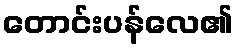
တောင်းပန်လေ၏